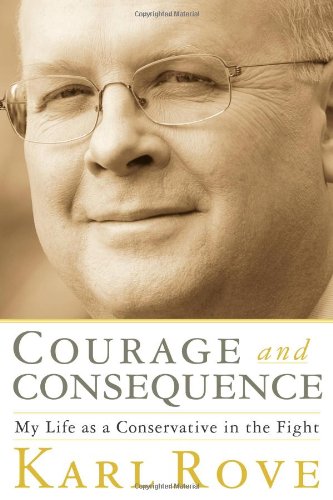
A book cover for Courage and Consequence: My Life as a Conservative in the Fight; Karl Rove; Cookbooks, Food & Wine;